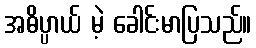
အဓိပ္ပာယ် မဲ့ ခေါင်းမာပြသည်။